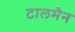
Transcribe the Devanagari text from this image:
टालमैन